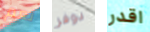
نعم دوفر اقدر